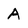
Character: A